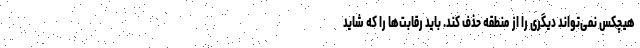
هیچکس نمی‌تواند دیگری را از منطقه حذف کند. باید رقابت‌ها را که شاید